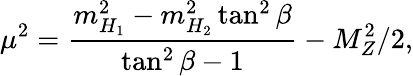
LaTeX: \mu^{2}=\frac{m_{H_{1}}^{2}-m_{H_{2}}^{2}\tan^{2}\beta}{\tan^{2}\beta-1}-M_{Z}^{2}/2,